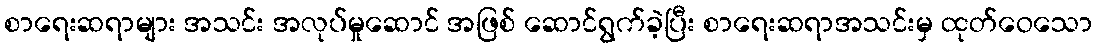
စာရေးဆရာများ အသင်း အလုပ်မှုဆောင် အဖြစ် ဆောင်ရွက်ခဲ့ပြီး စာရေးဆရာအသင်းမှ ထုတ်ဝေသော